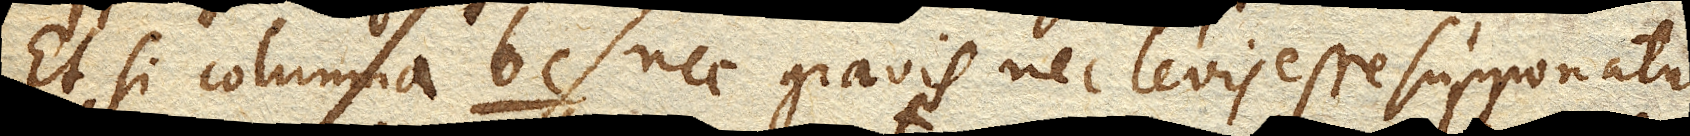
Et si columna bc. nec gravis nec levis esse supponatur,